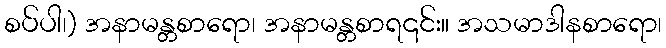
စပ်ပါ၊) အနာမန္တစာရော၊ အနာမန္တစာရ၎င်း။ အသမာဒါနစာရော၊